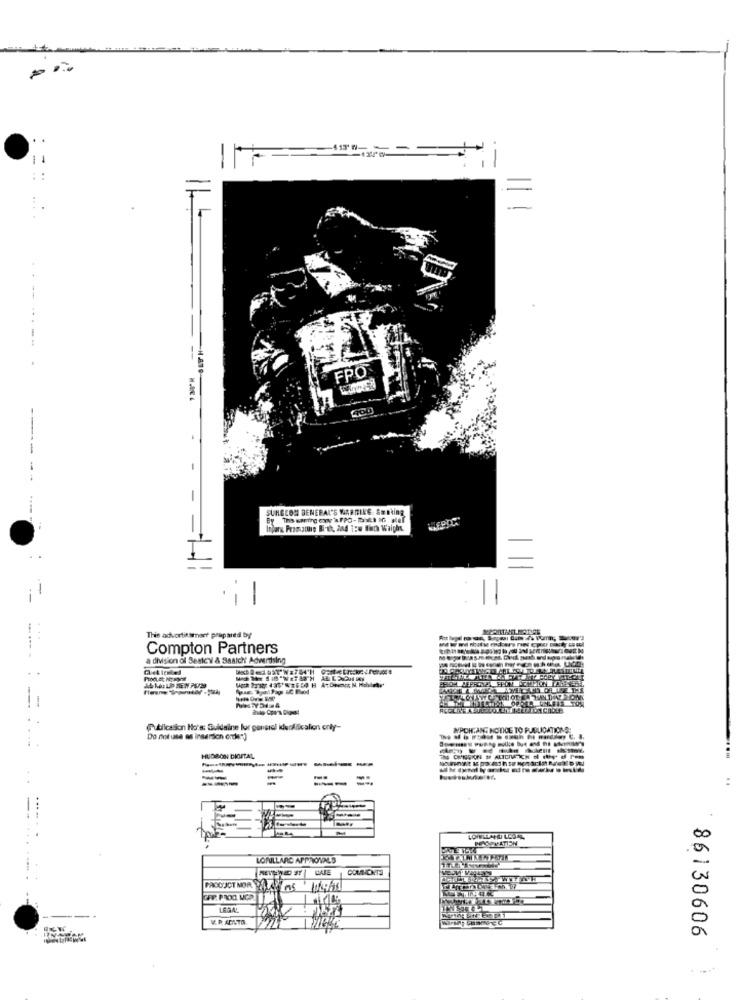
=
----
FPO
- - -
SURECOM BENERAL'S WARNING: SORTing
Inpara Promoatting Bi-th, and i:w forh Waight
-
-
-
This advortit snoer prepared by
Compton Partners
a division of Sestev & Ssaich' Adwirdsing
..
Publication Ho's: Suidsine bur generel iduoliticalion only-
IMPORTANT NOTICE TO PUBLICATIONS
Do not use es insersich order)
HUDSON CKITAL
PROPYATION
LORILLARD APPROVALS
COMNONTS
PRODUCT MOR 2414 5 101943
1714%
LEGAL
V. P. ACHTA.
86130606